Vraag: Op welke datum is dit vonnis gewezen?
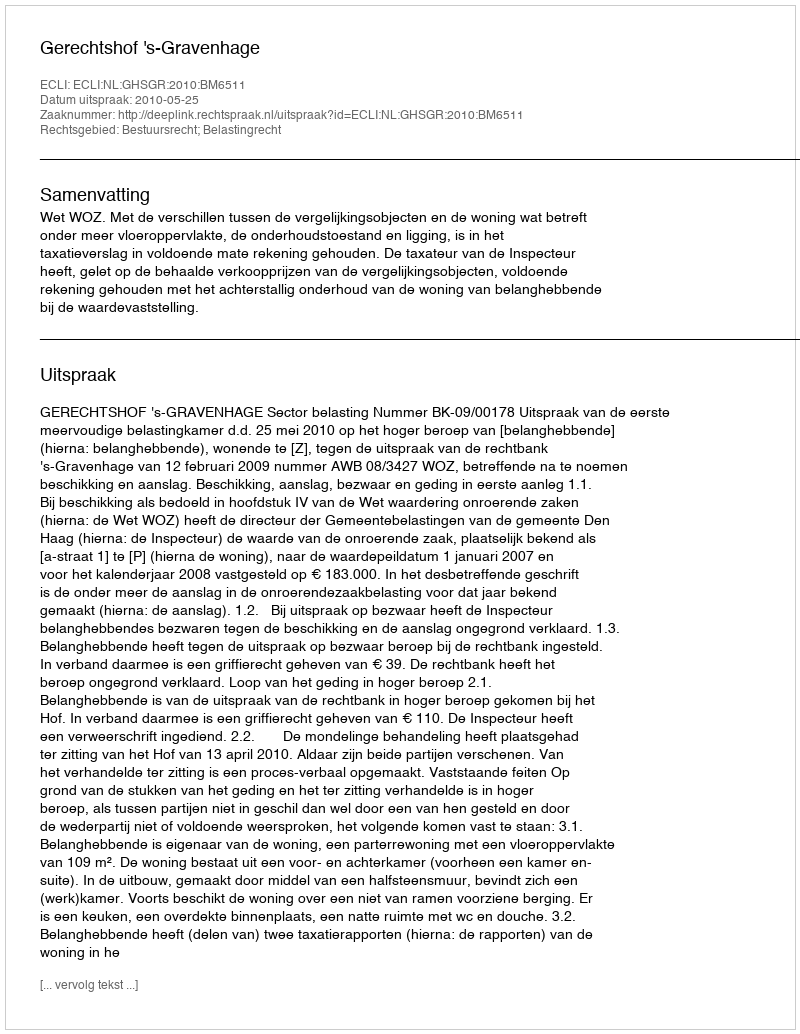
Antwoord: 2010-05-25